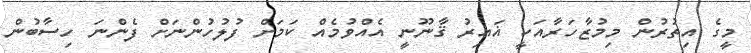
މީގެ އިތުރުން މިމުޒާހަރާއަކީ ޣައިރު ޤާނޫނީ އެއްވުމެއް ކަމަށް ފުލުހުންނަށް ފެންނަ ހިސާބުން